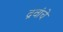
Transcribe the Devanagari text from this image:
द्रवांचे